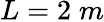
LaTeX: L=2\; m